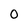
Character: O